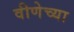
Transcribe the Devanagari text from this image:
वीणेच्या